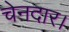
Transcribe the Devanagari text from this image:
चेनदार।